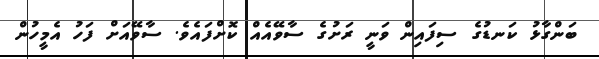
ބަންގާޅު ކަނޑުގެ ސިފައިން ވަނީ ރަށުގެ ސާވޭއެއް ކޮށްފައެވެ. ސާވޭއަށް ފަހު އެމީހުން